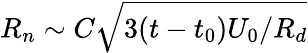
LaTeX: R_{n}\sim C\sqrt{3(t-t_{0})U_{0}/R_{d}}